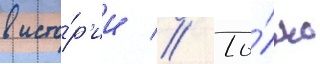
в исто́р'ии // То́лько